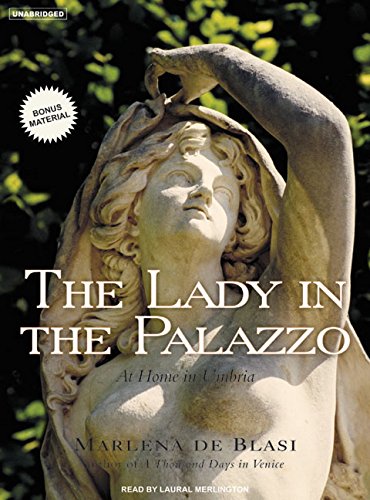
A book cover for The Lady in the Palazzo: At Home in Umbria; Marlena de Blasi; Travel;